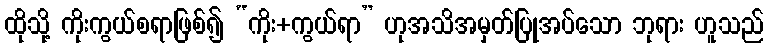
ထိုသို့ ကိုးကွယ်စရာဖြစ်၍ “ကိုး+ကွယ်ရာ” ဟုအသိအမှတ်ပြုအပ်သော ဘုရား ဟူသည်